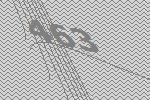
463